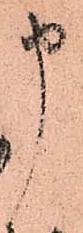
申